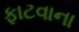
ફાટવાના